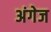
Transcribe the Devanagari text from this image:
अंगेज